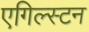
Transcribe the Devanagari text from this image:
एगिल्स्टन